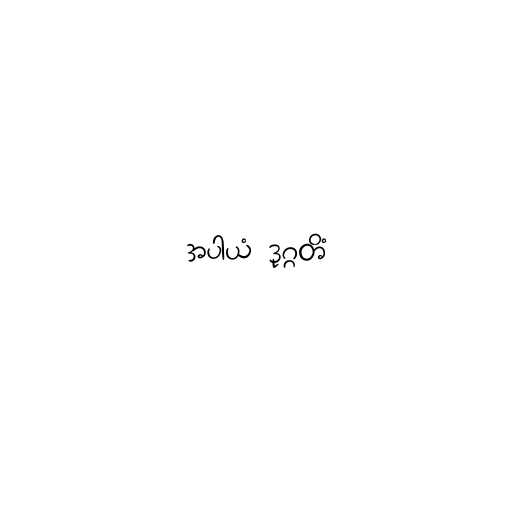
အပါယံ ဒုဂ္ဂတိံ